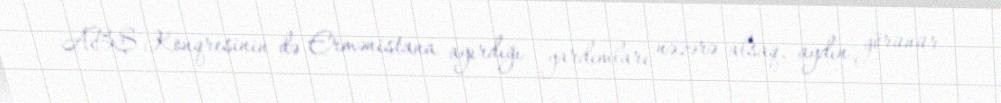
ABŞ Konqresinin də Ermənistana ayırdığı yardımları nəzərə alsaq, aydın görünür